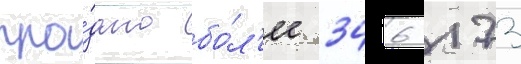
про́дано бо́л'ее 346 173